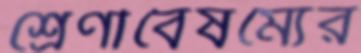
শ্রেণীবৈষম্যের